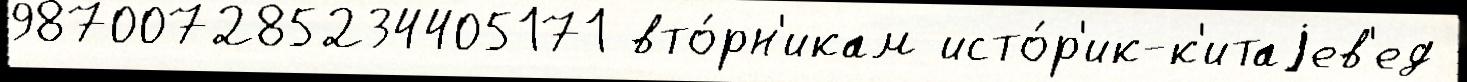
987007285234405171 вто́рн'икам исто́р'ик-к'итаjев'ед